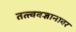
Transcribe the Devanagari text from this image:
तत्त्ववज्ञानावर